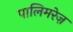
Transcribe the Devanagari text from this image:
पालिमरेज़